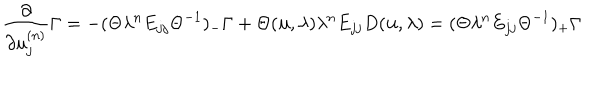
\frac { \partial } { \partial u _ { j } ^ { ( n ) } } \Gamma = - ( \Theta \lambda ^ { n } E _ { j j } { \Theta } ^ { - 1 } ) _ { - } \Gamma + \Theta ( { \bf u } , \lambda ) \lambda ^ { n } E _ { j j } D ( { \bf u } , \lambda ) = ( \Theta \lambda ^ { n } E _ { j j } { \Theta } ^ { - 1 } ) _ { + } \Gamma